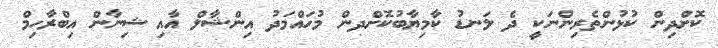
ކޮށްދިން ކުޅުންތެރިންނަކީ ދެ ލަނޑު ކާމިޔާބުކޮށްދން މުހައްމަދު އިންޝާލް އާއި ޝިނާން އިބްރާހިމް